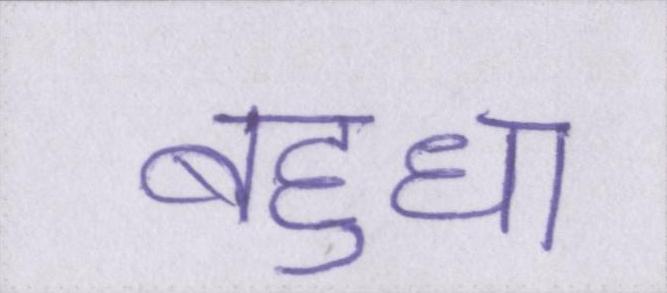
बहुधा